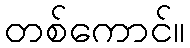
တစ်ကောင်။